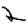
Digit: 2